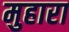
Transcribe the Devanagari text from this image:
मुहारा